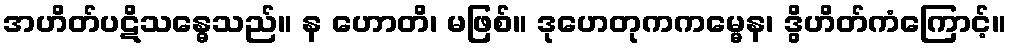
အဟိတ်ပဋိသန္ဓေသည်။ န ဟောတိ၊ မဖြစ်။ ဒုဟေတုကကမ္မေန၊ ဒွိဟိတ်ကံကြောင့်။